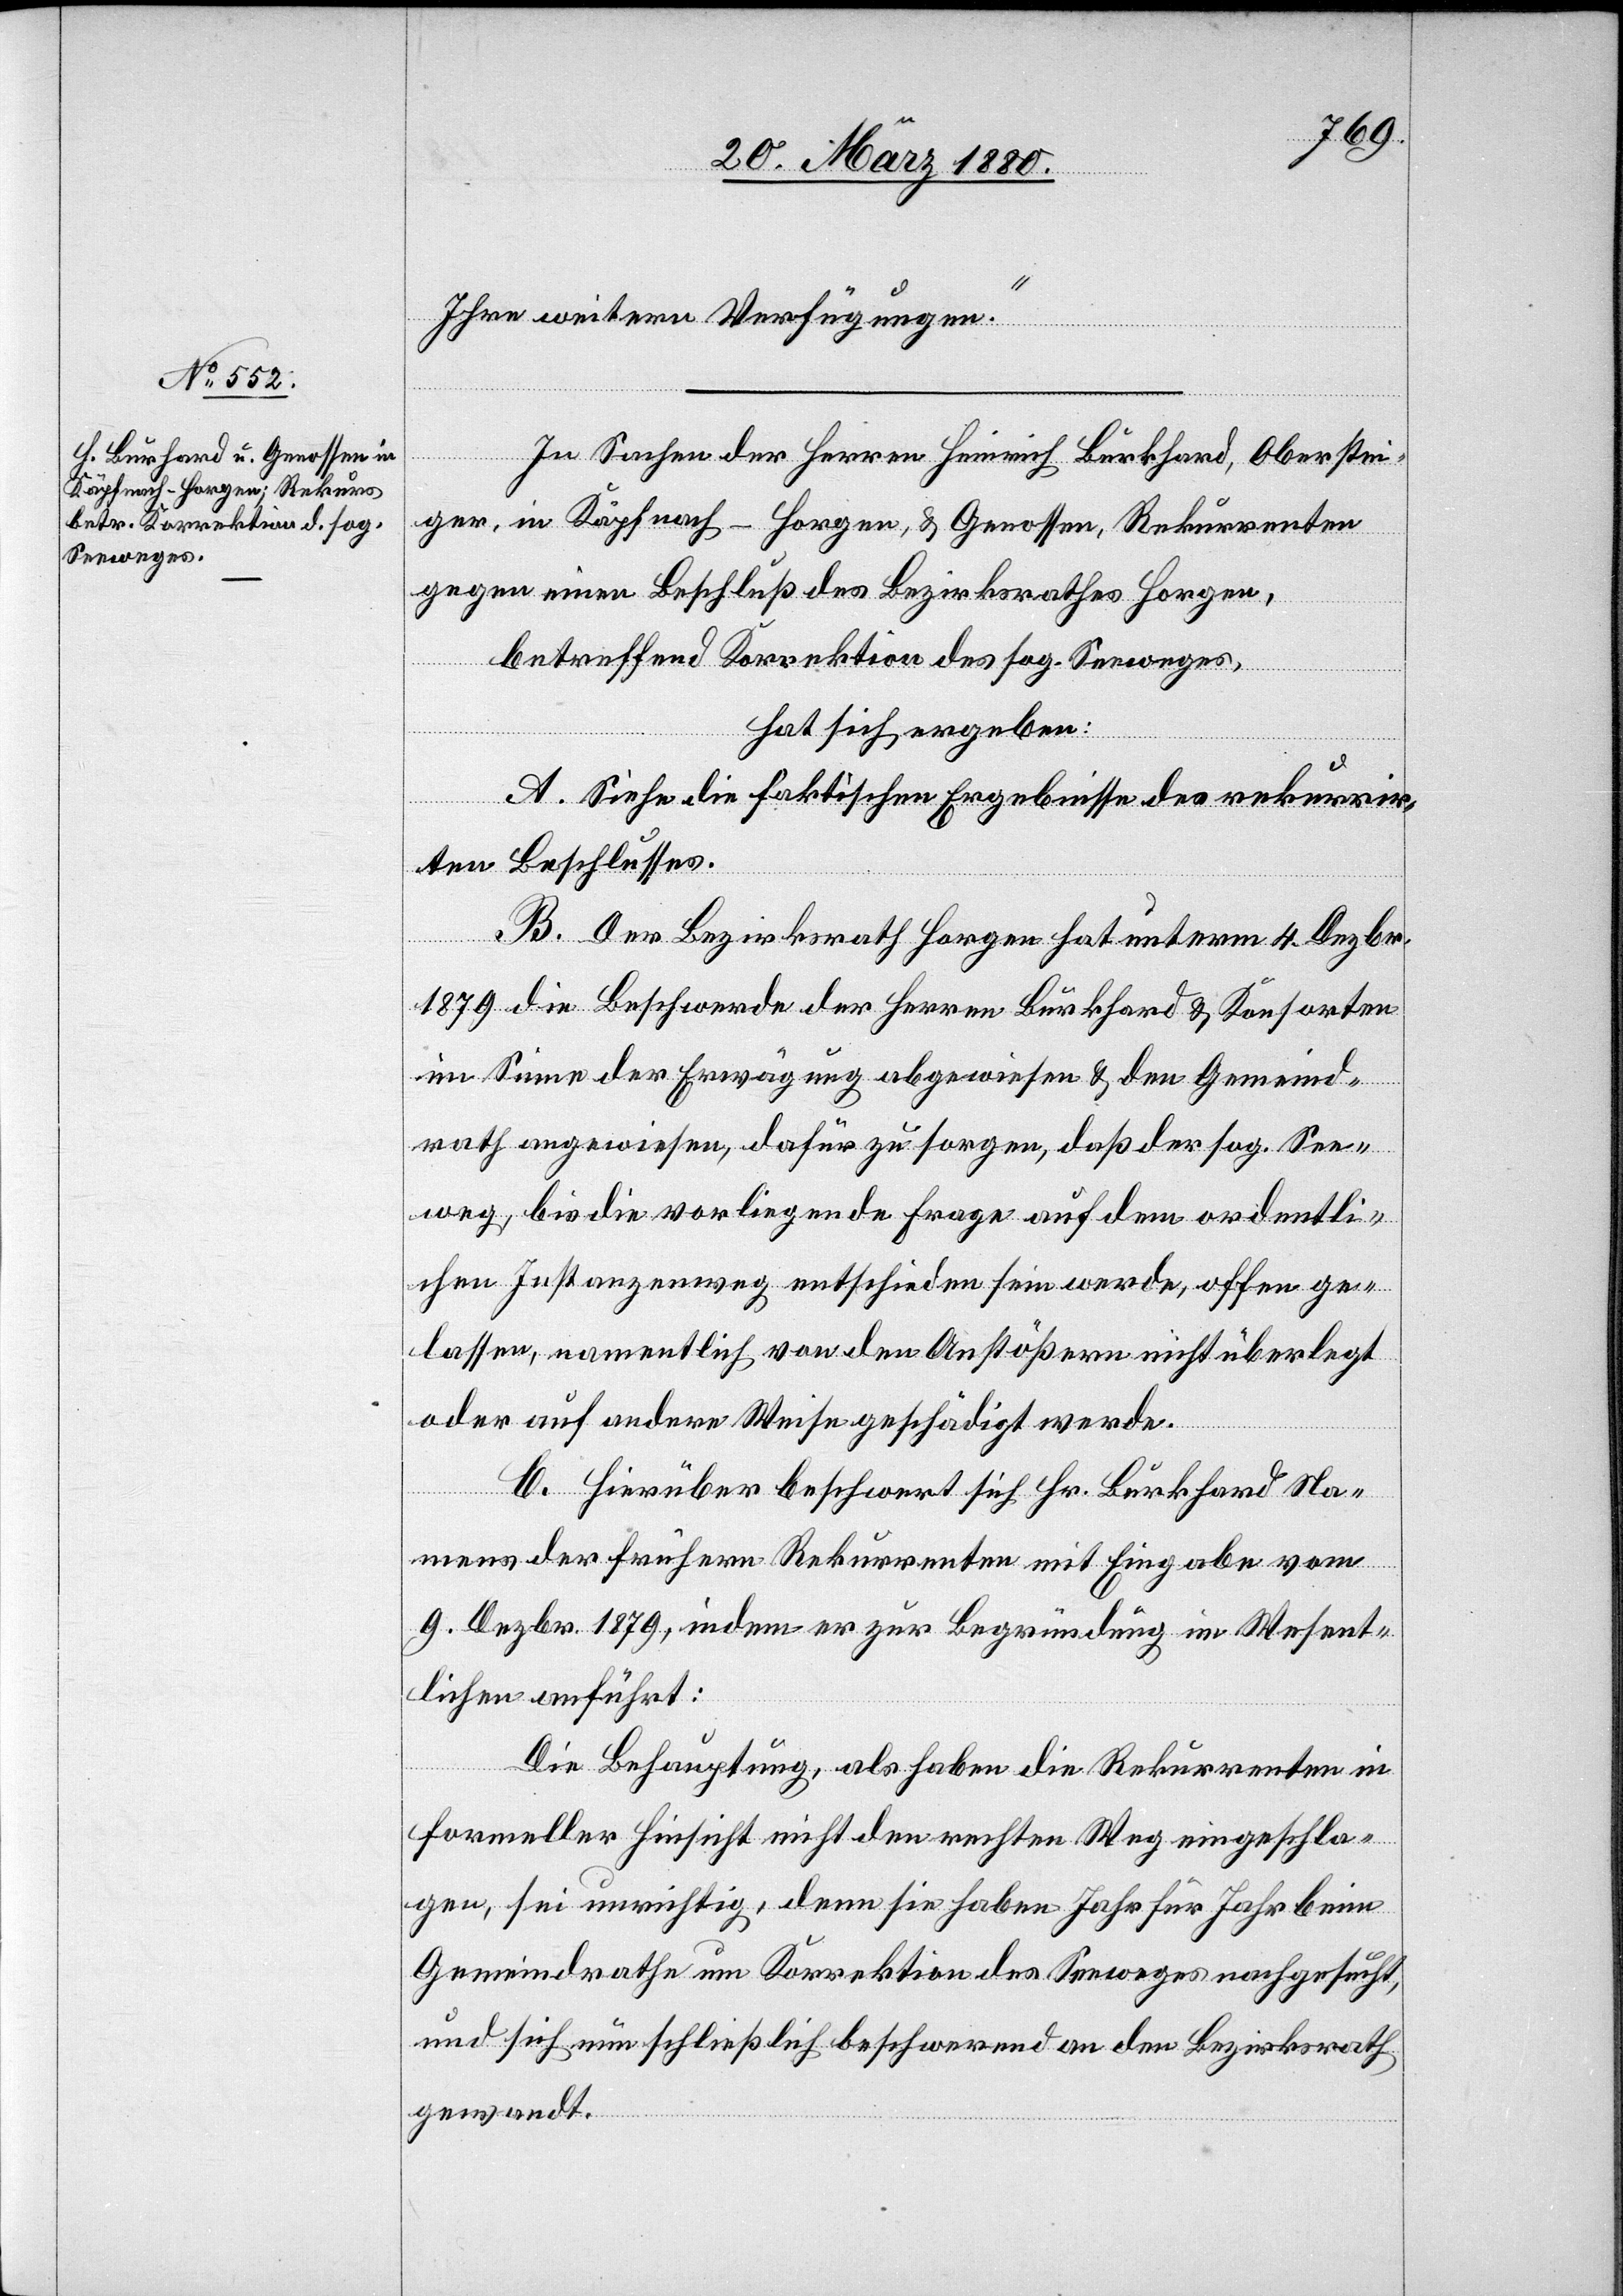
Ihre weitern Verfügungen.“
In Sachen der Herren Heinrich Burkhard, Oberstei¬
ger, in Käpfnach - Horgen, & Genossen, Rekurrenten
gegen einen Beschluß des Bezirksrathes Horgen,
betreffend Korrektion des sog. Seeweges,
hat sich ergeben:
A. Siehe die faktischen Ergebnisse des rekurrir¬
ten Beschlusses.
B. Der Bezirksrath Horgen hat unterm 4. Dezbr.
1879 die Beschwerde der Herren Burkhard & Konsorten
im Sinne der Erwägung abgewiesen & den Gemeind¬
rath angewiesen, dafür zu sorgen, daß der sog. See¬
weg, bis die vorliegende Frage auf dem ordentli¬
chen Instanzenweg entschieden sein werde, offen ge¬
lassen, namentlich von den Anstößern nicht überlegt
oder auf andere Weise geschädigt werde.
C. Hierüber beschwert sich Hr. Burkhard Na¬
mens der frühern Rekurrenten mit Eingabe vom
9. Dezbr. 1879, indem er zur Begründung im Wesent¬
lichen anführt:
Die Behauptung, als haben die Rekurrenten in
formeller Hinsicht nicht den rechten Weg eingeschla¬
gen, sei unrichtig, denn sie haben Jahr für Jahr beim
Gemeindrathe um Korrektion des Seeweges nachgesucht
und sich nun schließlich beschwerend an den Bezirksrath
gewendet.